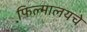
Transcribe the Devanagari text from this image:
फिल्मालयचे